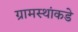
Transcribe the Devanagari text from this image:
ग्रामस्थांकडे